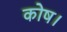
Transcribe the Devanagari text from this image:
कोष।